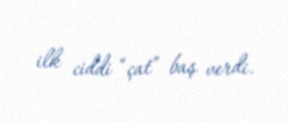
ilk ciddi “çat” baş verdi.